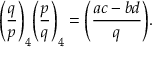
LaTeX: { \Bigg ( } { \frac { q } { p } } { \Bigg ) } _ { 4 } { \Bigg ( } { \frac { p } { q } } { \Bigg ) } _ { 4 } = { \Bigg ( } { \frac { a c - b d } { q } } { \Bigg ) } .